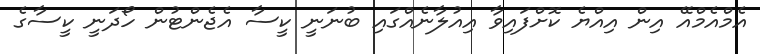
އެމްއެމްއޭ އިން އިއްޔެ ކޮށްފައިވާ އިއުލާނެއްގައި ބުނަނީ ކީސާ އެޖެންޓުން ހޯދަނީ ކީސާގެ